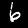
Label: 6